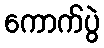
ကောက်ပွဲ